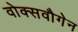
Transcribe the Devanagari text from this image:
वोक्सवौगेन